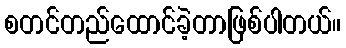
စတင်တည်ထောင်ခဲ့တာဖြစ်ပါတယ်။